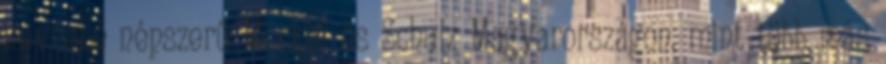
kevésbé népszerű Merkel és Schulz Magyarországon, mint több más